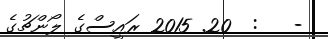
-   :  20